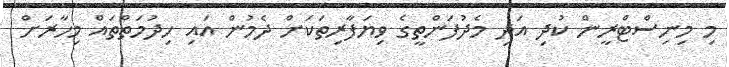
މި މިނިސްޓްރީން ކުދި އަދި މެދުފަންތީގެ ވިޔަފާރިތަކަށް ދެމުން އައި ހިދުމަތްތައް މިހާރަށް